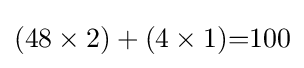
(48\times 2)+(4\times 1){=}100